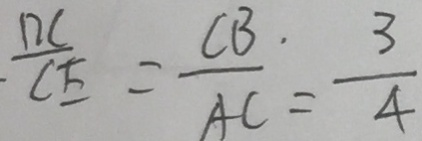
\frac { D C } { C E } = \frac { C B } { A C } = \frac { 3 } { 4 }